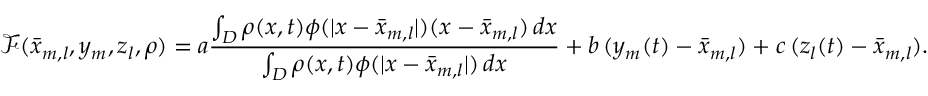
\mathcal { F } ( \bar { x } _ { m , l } , y _ { m } , z _ { l } , \rho ) = a \frac { \int _ { D } \rho ( x , t ) \phi ( | x - \bar { x } _ { m , l } | ) ( x - \bar { x } _ { m , l } ) \, d x } { \int _ { D } \rho ( x , t ) \phi ( | x - \bar { x } _ { m , l } | ) \, d x } + b \, ( y _ { m } ( t ) - \bar { x } _ { m , l } ) + c \, ( z _ { l } ( t ) - \bar { x } _ { m , l } ) .